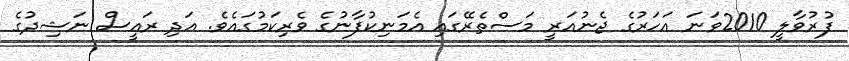
ފުރުވާލީ 2010ވަނަ އަހަރުގެ ޖެނުއަރީ މަސްތެރޭގައި އެމަނިކުފާނުގެ ވެރިކަމުގައެވެ. އަދި ރައީސް ނަޝިދުގެ